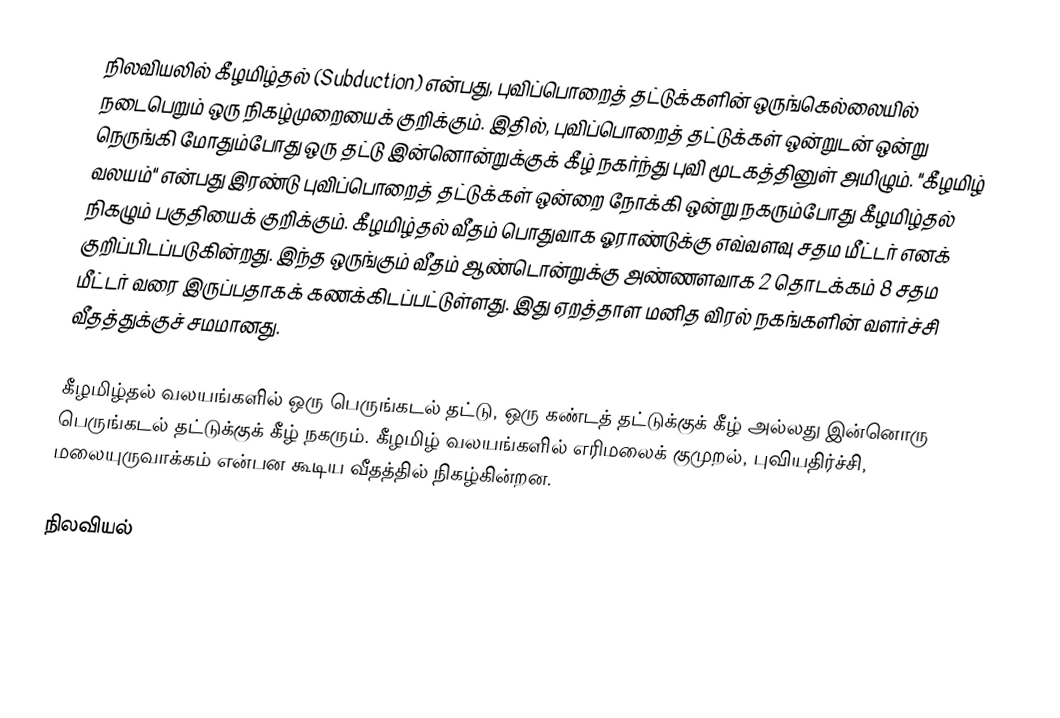
நிலவியலில் கீழமிழ்தல் (Subduction) என்பது, புவிப்பொறைத் தட்டுக்களின் ஒருங்கெல்லையில் நடைபெறும் ஒரு நிகழ்முறையைக் குறிக்கும். இதில், புவிப்பொறைத் தட்டுக்கள் ஒன்றுடன் ஒன்று நெருங்கி மோதும்போது ஒரு தட்டு இன்னொன்றுக்குக் கீழ் நகர்ந்து புவி மூடகத்தினுள் அமிழும். "கீழமிழ் வலயம்" என்பது இரண்டு புவிப்பொறைத் தட்டுக்கள் ஒன்றை நோக்கி ஒன்று நகரும்போது கீழமிழ்தல் நிகழும் பகுதியைக் குறிக்கும். கீழமிழ்தல் வீதம் பொதுவாக ஓராண்டுக்கு எவ்வளவு சதம மீட்டர் எனக் குறிப்பிடப்படுகின்றது. இந்த ஒருங்கும் வீதம் ஆண்டொன்றுக்கு அண்ணளவாக 2 தொடக்கம் 8 சதம மீட்டர் வரை இருப்பதாகக் கணக்கிடப்பட்டுள்ளது. இது ஏறத்தாள மனித விரல் நகங்களின் வளர்ச்சி வீதத்துக்குச் சமமானது.

கீழமிழ்தல் வலயங்களில் ஒரு பெருங்கடல் தட்டு, ஒரு கண்டத் தட்டுக்குக் கீழ் அல்லது இன்னொரு பெருங்கடல் தட்டுக்குக் கீழ் நகரும். கீழமிழ் வலயங்களில் எரிமலைக் குமுறல், புவியதிர்ச்சி, மலையுருவாக்கம் என்பன கூடிய வீதத்தில் நிகழ்கின்றன.

நிலவியல்